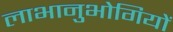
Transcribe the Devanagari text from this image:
लाभानुभोगियों